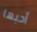
أحبها